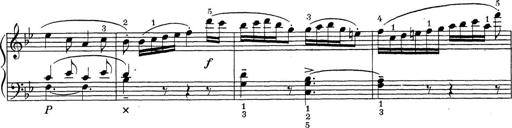
Title: ÄŒeskÃ© Sonatiny
Composer: Various